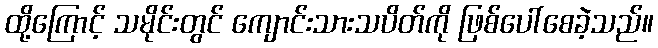
ထို့ကြောင့် သမိုင်းတွင် ကျောင်းသားသပိတ်ကို ဖြစ်ပေါ်စေခဲ့သည်။